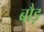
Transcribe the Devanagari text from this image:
बौड़